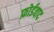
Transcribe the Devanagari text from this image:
फ़ोर्डवाद